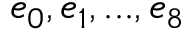
{ e _ { 0 } , e _ { 1 } , . . . , e _ { 8 } }